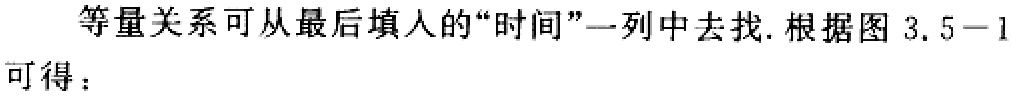
等量关系可从最后填入的“时间”一列中去找.根据图 3.5−1可得：